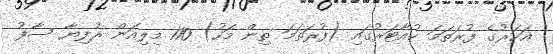
އަހަރުގެ ފުރަތަމަ ކުއާޓަރުގައި (ފުރަތަމަ ތިން މަހު) 110 މިލިއަން ރުފިޔާ ސާފު